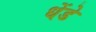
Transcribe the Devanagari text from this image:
धेंडे